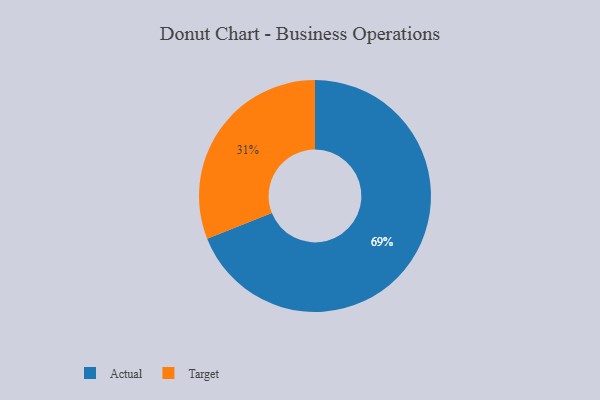
{"axis": {"x": "Category", "y": "Percentage"}, "legend": ["Actual", "Target"], "data": [{"x": "Actual", "y": 69, "type": "Actual"}, {"x": "Target", "y": 31, "type": "Target"}]}